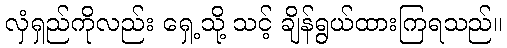
လှံရှည်ကိုလည်း ရှေ့သို့ သင့် ချိန်ရွယ်ထားကြရသည်။